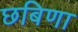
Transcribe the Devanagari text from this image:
छबिणा